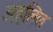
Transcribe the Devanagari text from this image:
अहलिल